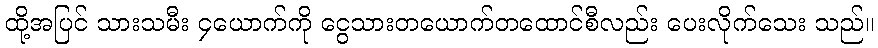
ထို့အပြင် သားသမီး ၄ယောက်ကို ငွေသားတယောက်တထောင်စီလည်း ပေးလိုက်သေး သည်။